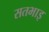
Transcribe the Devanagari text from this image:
सतभाइ